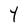
Character: Y